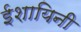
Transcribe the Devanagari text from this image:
ईशायिनी